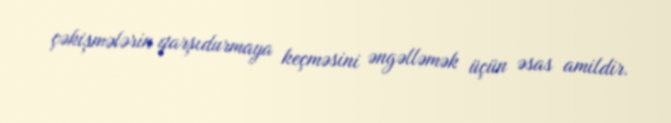
çəkişmələrin qarşıdurmaya keçməsini əngəlləmək üçün əsas amildir.